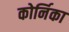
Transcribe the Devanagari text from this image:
कोर्निका